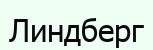
Линдберг